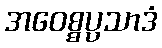
အဝေစ္စပ္ပသာဒံ